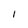
Character: I